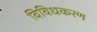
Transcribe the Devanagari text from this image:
विविधकरण